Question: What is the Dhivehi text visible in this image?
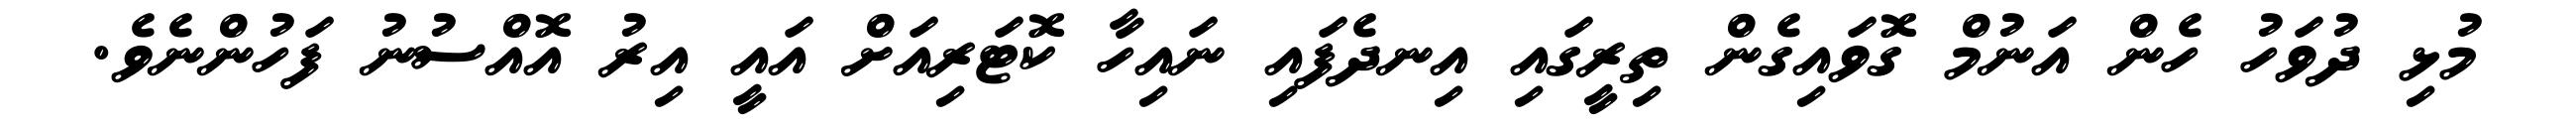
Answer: މުޅި ދުވަހު ހެން އަނުމް ގޮވައިގެން ތިރީގައި އިނދެފައި ނައިހާ ކޮޓަރިއަށް އައީ އިރު އޮއްސުނު ފަހުންނެވެ.